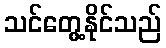
သင်တွေ့နိုင်သည်